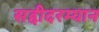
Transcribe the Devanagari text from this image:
सद्दीदरम्यान